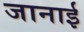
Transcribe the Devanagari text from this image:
जानाई